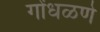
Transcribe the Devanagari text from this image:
गोंधळणे